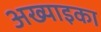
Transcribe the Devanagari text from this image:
अख्याइका